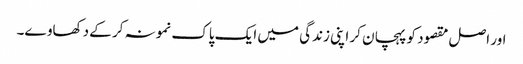
اور اصل مقصود کو پہچان کر اپنی زندگی میں ایک پاک نمونہ کر کے دکھاوے۔